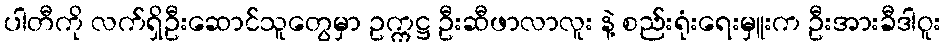
ပါတီကို လက်ရှိဦးဆောင်သူတွေမှာ ဥက္ကဋ္ဌ ဦးဆီဖာလာလူး နဲ့ စည်းရုံးရေးမှူးက ဦးအားခီဒါဝူး